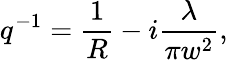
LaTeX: q^{-1}=\frac{1}{R}-i\frac{\lambda}{\pi w^{2}},